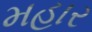
મહાર